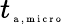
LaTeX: {t}_{\tiny{\mathrm{~a~,~m~i~c~r~o~}}}